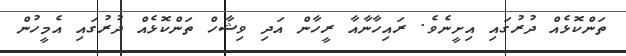
ތަންކޮޅެއް ދުރުގައި އިށީނެވެ. ރައިހާނާއާ ރީހާން އަދި ވިޝާހް ތަންކޮޅެއް ދުރުގައި އެމީހުން